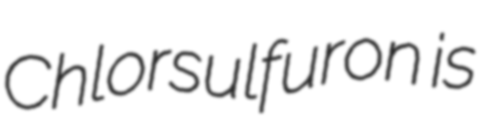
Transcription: Chlorsulfuron is